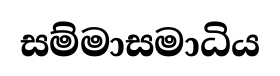
සම්මාසමාධිය